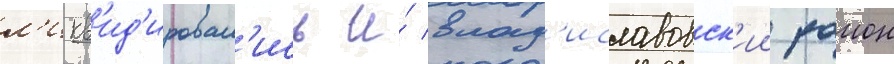
л'икв'ид'ировал'ись и́ влад'иславовск'ии раион